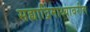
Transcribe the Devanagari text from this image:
सह्याद्रिमाथ्यावरील